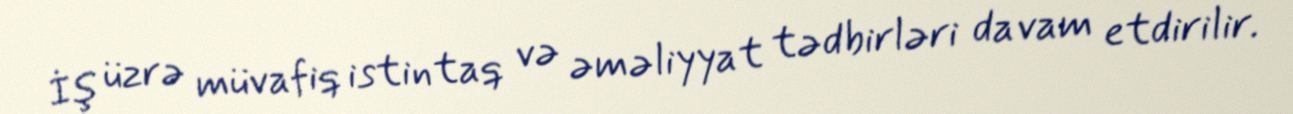
İş üzrə müvafiq istintaq və əməliyyat tədbirləri davam etdirilir.